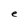
Character: e